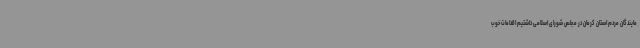
مایندگان مردم استان کرمان در مجلس شورای اسلامی داشتیم اقدامات خوب